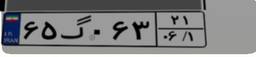
۶۵گ۰۶۳۲۱